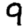
Digit: 9